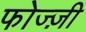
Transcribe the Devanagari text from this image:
फोज्ज़ी